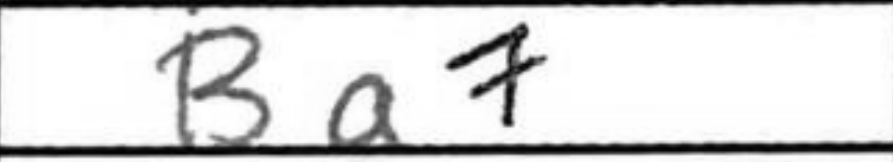
Transcription: Ba7